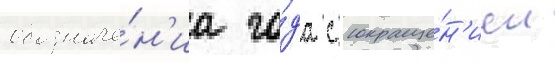
обозначе́н'иа го́да с сокраще́н'ием